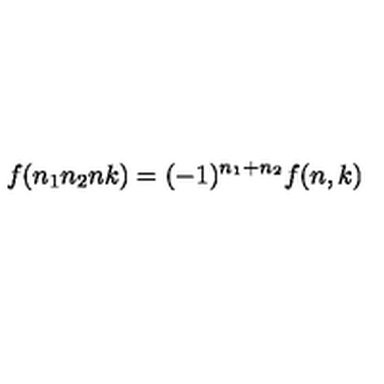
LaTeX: f ( n _ { 1 } n _ { 2 } n k ) = ( - 1 ) ^ { n _ { 1 } + n _ { 2 } } f ( n , k )